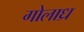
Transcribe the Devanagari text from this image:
गोलाध्र